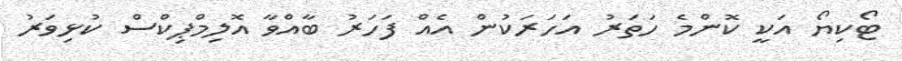
ޓޯކިޔޯ އަކީ ކޮންމެ ހަތަރު އަހަރަކުން އެއް ފަހަރު ބާއްވާ އޮލިމްޕިކްސް ކުޅިވަރު